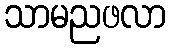
သာမညဖလာ